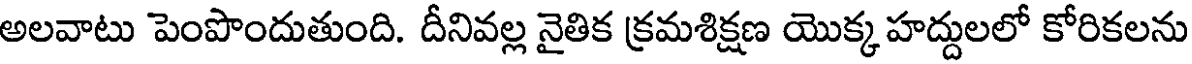
అలవాటు పెంపొందుతుంది. దీనివల్ల నైతిక క్రమశిక్షణ యొక్క హద్దులలో కోరికలను